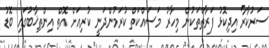
ސަރުކާރާ އިދިކޮޅު ފަރާތްތަކުން މިހާރު މަސައްކަތް ކުރަމުންދަނީ ކުރިއަށް އޮތް އިންތިޚާބުގައި ބޮޑު